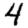
Digit: 4